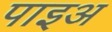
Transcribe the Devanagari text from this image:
पाइअ